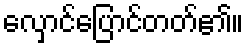
လှောင်ပြောင်တတ်၏။